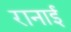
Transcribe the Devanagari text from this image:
रानाई